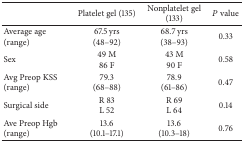
|  | Platelet gel (135) | Nonplatelet gel (133) | P value |
 | --- | --- | --- | --- |
 | Average age(range) | 67.5 yrs(48–92) | 68.7 yrs(38–93) | 0.33 |
 | Sex | 49 M86 F | 43 M90 F | 0.58 |
 | Avg Preop KSS(range) | 79.3(68–88) | 78.9(61–86) | 0.47 |
 | Surgical side | R 83L 52 | R 69L 64 | 0.14 |
 | Ave Preop Hgb(range) | 13.6(10.1–17.1) | 13.6(10.3–18) | 0.76 |